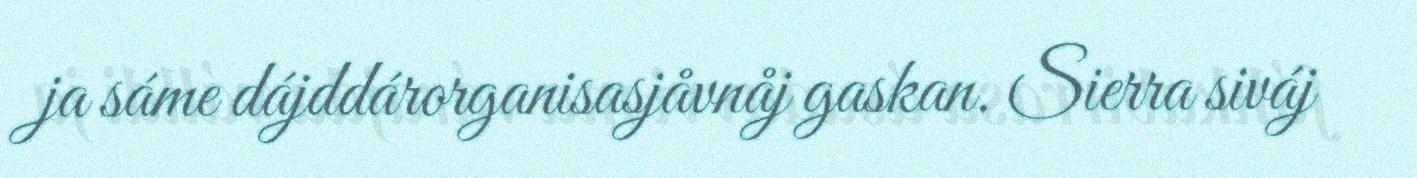
ja sáme dájddárorganisasjåvnåj gaskan. Sierra siváj